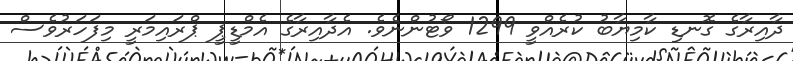
ދާއިރާގެ ގޮނޑި ކާމިޔާބު ކުރެއްވީ 1299 ވޯޓުންނެވެ. އެދާއިރާގެ އެމްޑީޕީ ޕްރައިމަރީ މިފަހަރުވެސް